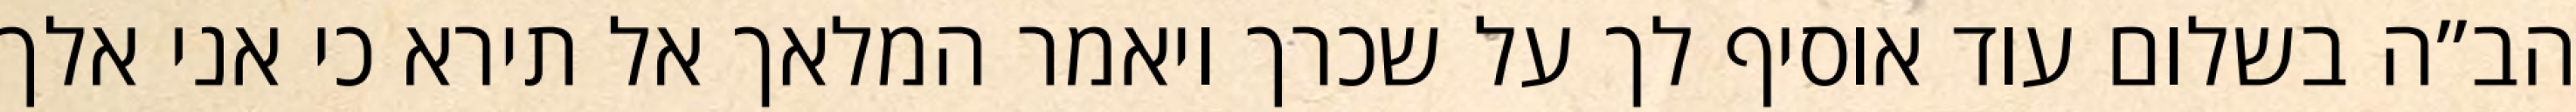
הב”ה בשלום עוד אוסיף לך על שכרך ויאמר המלאך אל תירא כי אני אלך